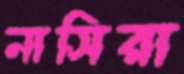
নাসিরা